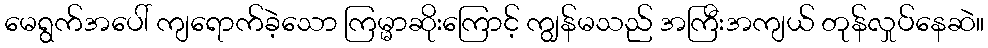
မေရွက်အပေါ် ကျရောက်ခဲ့သော ကြမ္မာဆိုးကြောင့် ကျွန်မသည် အကြီးအကျယ် တုန်လှုပ်နေဆဲ။